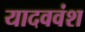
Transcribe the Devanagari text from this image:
यादववंश